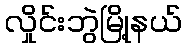
လှိုင်းဘွဲမြို့နယ်